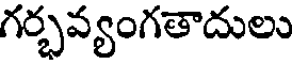
గర్భవ్యంగతాదులు